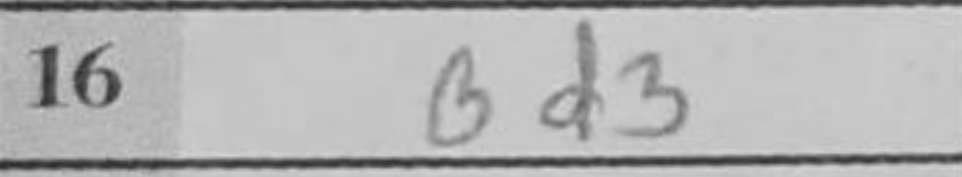
Transcription: Bd3